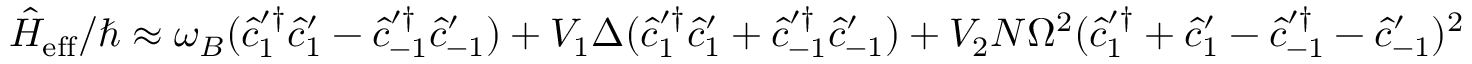
\hat { H } _ { \mathrm { e f f } } / \hbar \approx \omega _ { B } ( \hat { c } _ { 1 } ^ { \prime \dagger } \hat { c } _ { 1 } ^ { \prime } - \hat { c } _ { - 1 } ^ { \prime \dagger } \hat { c } _ { - 1 } ^ { \prime } ) + V _ { 1 } \Delta ( \hat { c } _ { 1 } ^ { \prime \dagger } \hat { c } _ { 1 } ^ { \prime } + \hat { c } _ { - 1 } ^ { \prime \dagger } \hat { c } _ { - 1 } ^ { \prime } ) + V _ { 2 } N \Omega ^ { 2 } ( \hat { c } _ { 1 } ^ { \prime \dagger } + \hat { c } _ { 1 } ^ { \prime } - \hat { c } _ { - 1 } ^ { \prime \dagger } - \hat { c } _ { - 1 } ^ { \prime } ) ^ { 2 }